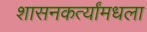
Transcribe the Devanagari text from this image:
शासनकर्त्यांमधला